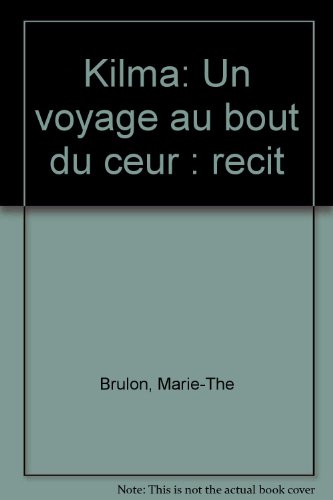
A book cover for Kilma: Un voyage au bout du coeur : recit (French Edition); Marie-The Brulon; Travel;